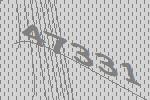
47331